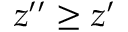
z ^ { \prime \prime } \geq z ^ { \prime }